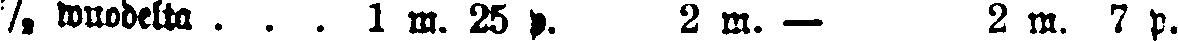
½ wuodelta ... 1 m. 25 p. 2 m. — 2 m. 7 p.